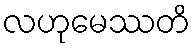
လဟုမေဿတိ